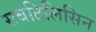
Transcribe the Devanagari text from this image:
सबटिलिसिन